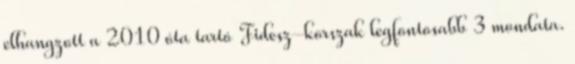
elhangzott a 2010 óta tartó Fidesz-korszak legfontosabb 3 mondata.